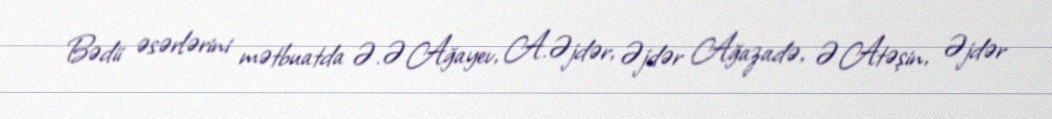
Bədii əsərlərini mətbuatda Ə.Ə.Ağayev, A.Əjdər, Əjdər Ağazadə, Ə.Atəşin, Əjdər